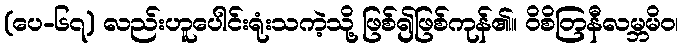
(ပေ-၆၇) လည်းဟူပေါင်းရုံးသကဲ့သို့ ဖြစ်၍ဖြစ်ကုန်၏။ ဝိစိတြနီလမ္ဘမိဝ၊